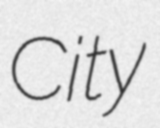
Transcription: City